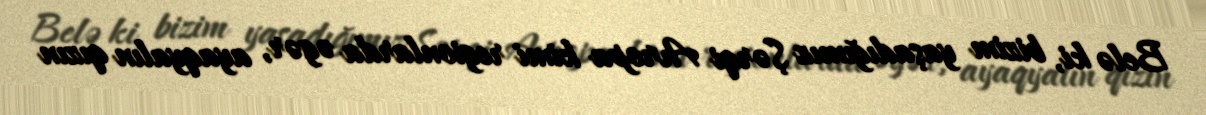
Belə ki, bizim yaşadığımız Şərqi Avropa kimi regionlarda əgər, ayaqyalın qızın